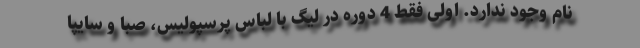
نام وجود ندارد. اولی فقط 4 دوره در لیگ با لباس پرسپولیس، صبا و سایپا